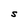
Character: S